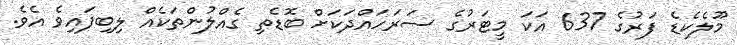
މޫލެކެޑެ ފަރުގެ 637 އަކަ މީޓަރުގެ ސަރަހައްދަކަށް ބޮޑެތި ގެއްލުންތަކެއް ލިބިފައިވެ އެވެ.